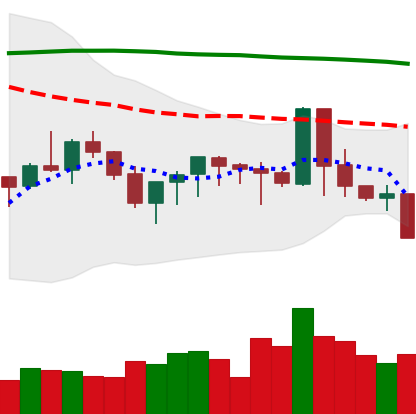
Ticker: XMR-USD
Chart end date: 2019-09-23
Forward return: -15.629%
Label: down_7plus